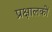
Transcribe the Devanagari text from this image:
प्रक्षालकों